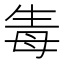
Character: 𤯟